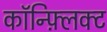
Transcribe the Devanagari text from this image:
कॉन्फ़्लिक्ट